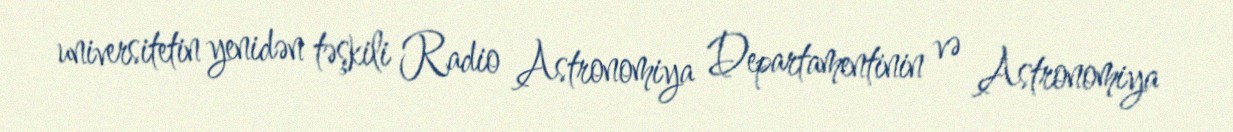
universitetin yenidən təşkili Radio Astronomiya Departamentinin və Astronomiya